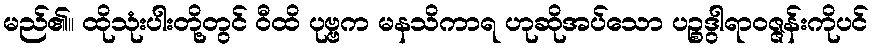
မည်၏။ ထိုသုံးပါးတို့တွင် ဝီထိ ပုဗ္ဗက မနသိကာရ ဟုဆိုအပ်သော ပဉ္စဒွါရာဝဇ္ဇန်းကိုပင်